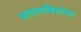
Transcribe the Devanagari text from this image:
बादामबियांचा